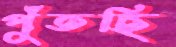
পুঁতছি